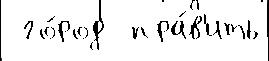
 го́род  пра́в'ить